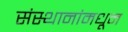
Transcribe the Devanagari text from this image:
संस्थानांमधून